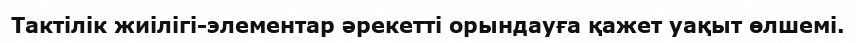
Тактілік жиілігі-элементар әрекетті орындауға қажет уақыт өлшемі.